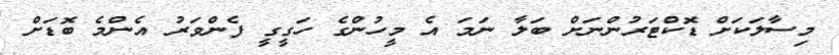
މިސާލަކަށް ޑޮކްޓަރުންނަށް ބަލާ ނަމަ އެ މީހުންގެ ހަގީގީ ފެންވަރު އެންމެ ބޮޑަށް